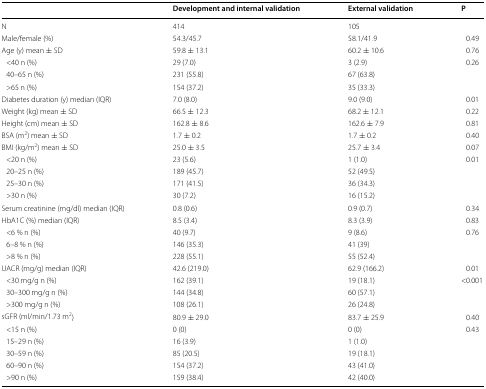
<table><thead><tr><td></td><td><b>Development and internal validation</b></td><td><b>External validation</b></td><td><b>P</b></td></tr></thead><tbody><tr><td>N</td><td>414</td><td>105</td><td></td></tr><tr><td>Male/female (%)</td><td>54.3/45.7</td><td>58.1/41.9</td><td>0.49</td></tr><tr><td>Age (y) mean ± SD</td><td>59.8 ± 13.1</td><td>60.2 ± 10.6</td><td>0.76</td></tr><tr><td> &lt;40 n (%)</td><td>29 (7.0)</td><td>3 (2.9)</td><td>0.26</td></tr><tr><td> 40–65 n (%)</td><td>231 (55.8)</td><td>67 (63.8)</td><td></td></tr><tr><td> &gt;65 n (%)</td><td>154 (37.2)</td><td>35 (33.3)</td><td></td></tr><tr><td>Diabetes duration (y) median (IQR)</td><td>7.0 (8.0) </td><td>9.0 (9.0)</td><td>0.01</td></tr><tr><td>Weight (kg) mean ± SD</td><td>66.5 ± 12.3</td><td>68.2 ± 12.1</td><td>0.22</td></tr><tr><td>Height (cm) mean ± SD</td><td>162.8 ± 8.6</td><td>162.6 ± 7.9</td><td>0.81</td></tr><tr><td>BSA (m<sup>2</sup>) mean ± SD</td><td>1.7 ± 0.2</td><td>1.7 ± 0.2</td><td>0.40</td></tr><tr><td>BMI (kg/m<sup>2</sup>) mean ± SD</td><td>25.0 ± 3.5</td><td>25.7 ± 3.4</td><td>0.07</td></tr><tr><td> &lt;20 n (%)</td><td>23 (5.6)</td><td>1 (1.0)</td><td>0.01</td></tr><tr><td> 20–25 n (%)</td><td>189 (45.7)</td><td>52 (49.5)</td><td></td></tr><tr><td> 25–30 n (%)</td><td>171 (41.5)</td><td>36 (34.3)</td><td></td></tr><tr><td> &gt;30 n (%)</td><td>30 (7.2)</td><td>16 (15.2)</td><td></td></tr><tr><td>Serum creatinine (mg/dl) median (IQR)</td><td>0.8 (0.6)</td><td>0.9 (0.7)</td><td>0.34</td></tr><tr><td>HbA1C (%) median (IQR)</td><td>8.5 (3.4)</td><td>8.3 (3.9)</td><td>0.83</td></tr><tr><td> &lt;6 % n (%)</td><td>40 (9.7)</td><td>9 (8.6)</td><td>0.76</td></tr><tr><td> 6–8 % n (%)</td><td>146 (35.3)</td><td>41 (39)</td><td></td></tr><tr><td> &gt;8 % n (%)</td><td>228 (55.1)</td><td>55 (52.4)</td><td></td></tr><tr><td>UACR (mg/g) median (IQR)</td><td>42.6 (219.0)</td><td>62.9 (166.2)</td><td>0.01</td></tr><tr><td> &lt;30 mg/g n (%)</td><td>162 (39.1)</td><td>19 (18.1)</td><td>&lt;0.001</td></tr><tr><td> 30–300 mg/g n (%)</td><td>144 (34.8)</td><td>60 (57.1)</td><td></td></tr><tr><td> &gt;300 mg/g n (%)</td><td>108 (26.1)</td><td>26 (24.8)</td><td></td></tr><tr><td>sGFR (ml/min/1.73 m<sup>2</sup>)</td><td>80.9 ± 29.0</td><td>83.7 ± 25.9</td><td>0.40</td></tr><tr><td> &lt;15 n (%)</td><td>0 (0)</td><td>0 (0)</td><td>0.43</td></tr><tr><td> 15–29 n (%)</td><td>16 (3.9)</td><td>1 (1.0)</td><td></td></tr><tr><td> 30–59 n (%)</td><td>85 (20.5)</td><td>19 (18.1)</td><td></td></tr><tr><td> 60–90 n (%)</td><td>154 (37.2)</td><td>43 (41.0)</td><td></td></tr><tr><td> &gt;90 n (%)</td><td>159 (38.4)</td><td>42 (40.0)</td><td></td></tr></tbody></table>